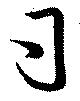
司